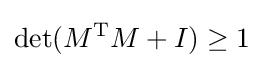
\det(M^{\text{T}}M+I)\geq 1